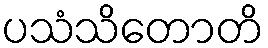
ပသံသိတောတိ